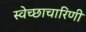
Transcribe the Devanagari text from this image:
स्वेच्छाचारिणी